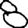
Digit: 8